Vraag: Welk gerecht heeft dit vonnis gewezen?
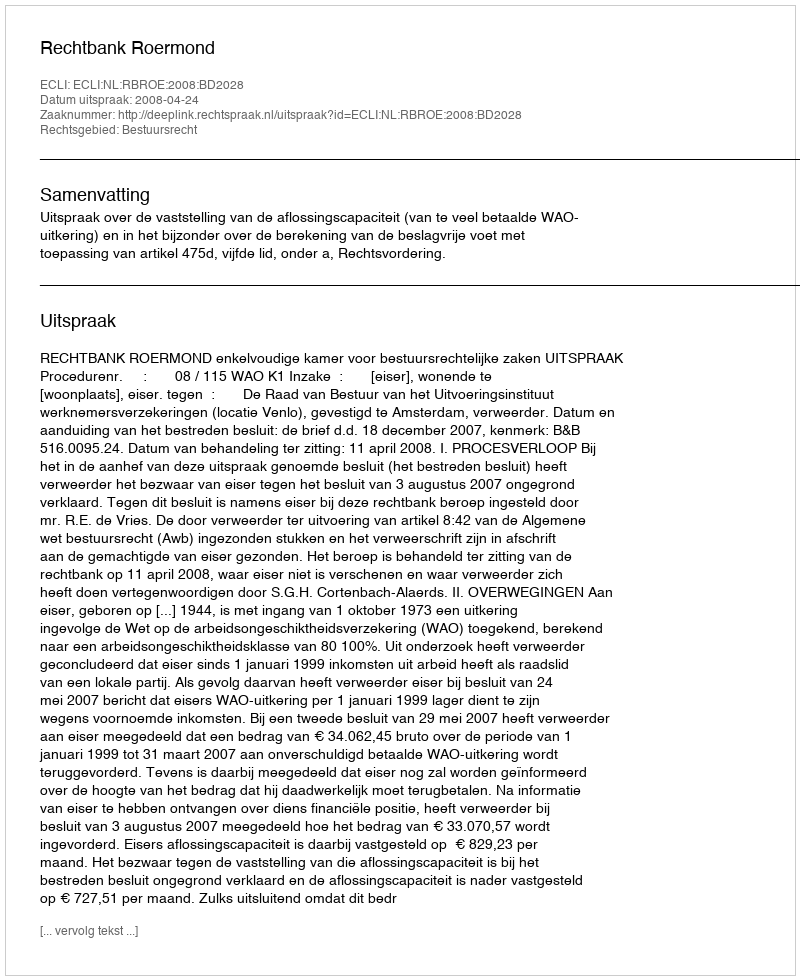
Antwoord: Rechtbank Roermond